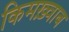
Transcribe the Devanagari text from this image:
किमख़्वाब